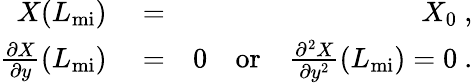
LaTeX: \begin{array}{rlr}{X(L_{\mathrm{mi}})}&{{}=}&{X_{0}~,}\\ {\frac{\partial{X}}{\partial{y}}(L_{\mathrm{mi}})}&{{}=}&{0\quad\textrm{or}\quad\frac{\partial^{2}{X}}{\partial{y^{2}}}(L_{\mathrm{mi}})=0~.}\end{array}